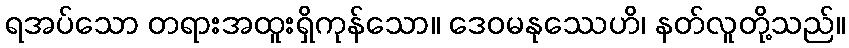
ရအပ်သော တရားအထူးရှိကုန်သော။ ဒေဝမနုဿေဟိ၊ နတ်လူတို့သည်။